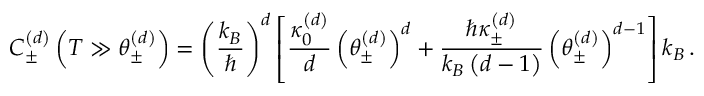
C _ { \pm } ^ { \left( d \right) } \left( T \gg \theta _ { \pm } ^ { \left( d \right) } \right) = \left( \frac { k _ { B } } { \hbar } \right) ^ { d } \left[ \frac { \kappa _ { 0 } ^ { \left( d \right) } } { d } \left( \theta _ { \pm } ^ { \left( d \right) } \right) ^ { d } + \frac { \hbar \kappa _ { \pm } ^ { \left( d \right) } } { k _ { B } \left( d - 1 \right) } \left( \theta _ { \pm } ^ { \left( d \right) } \right) ^ { d - 1 } \right] k _ { B } \, .